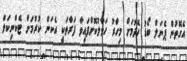
އެގޮތުން ޕެނަލް ބޯޑު ހެދުމަށް މިހާރު ހަވާލުކޮށްފައިވާ ފަރާތަކީ އެކަން ކުރުމަށް ޓެކްނިކަލް